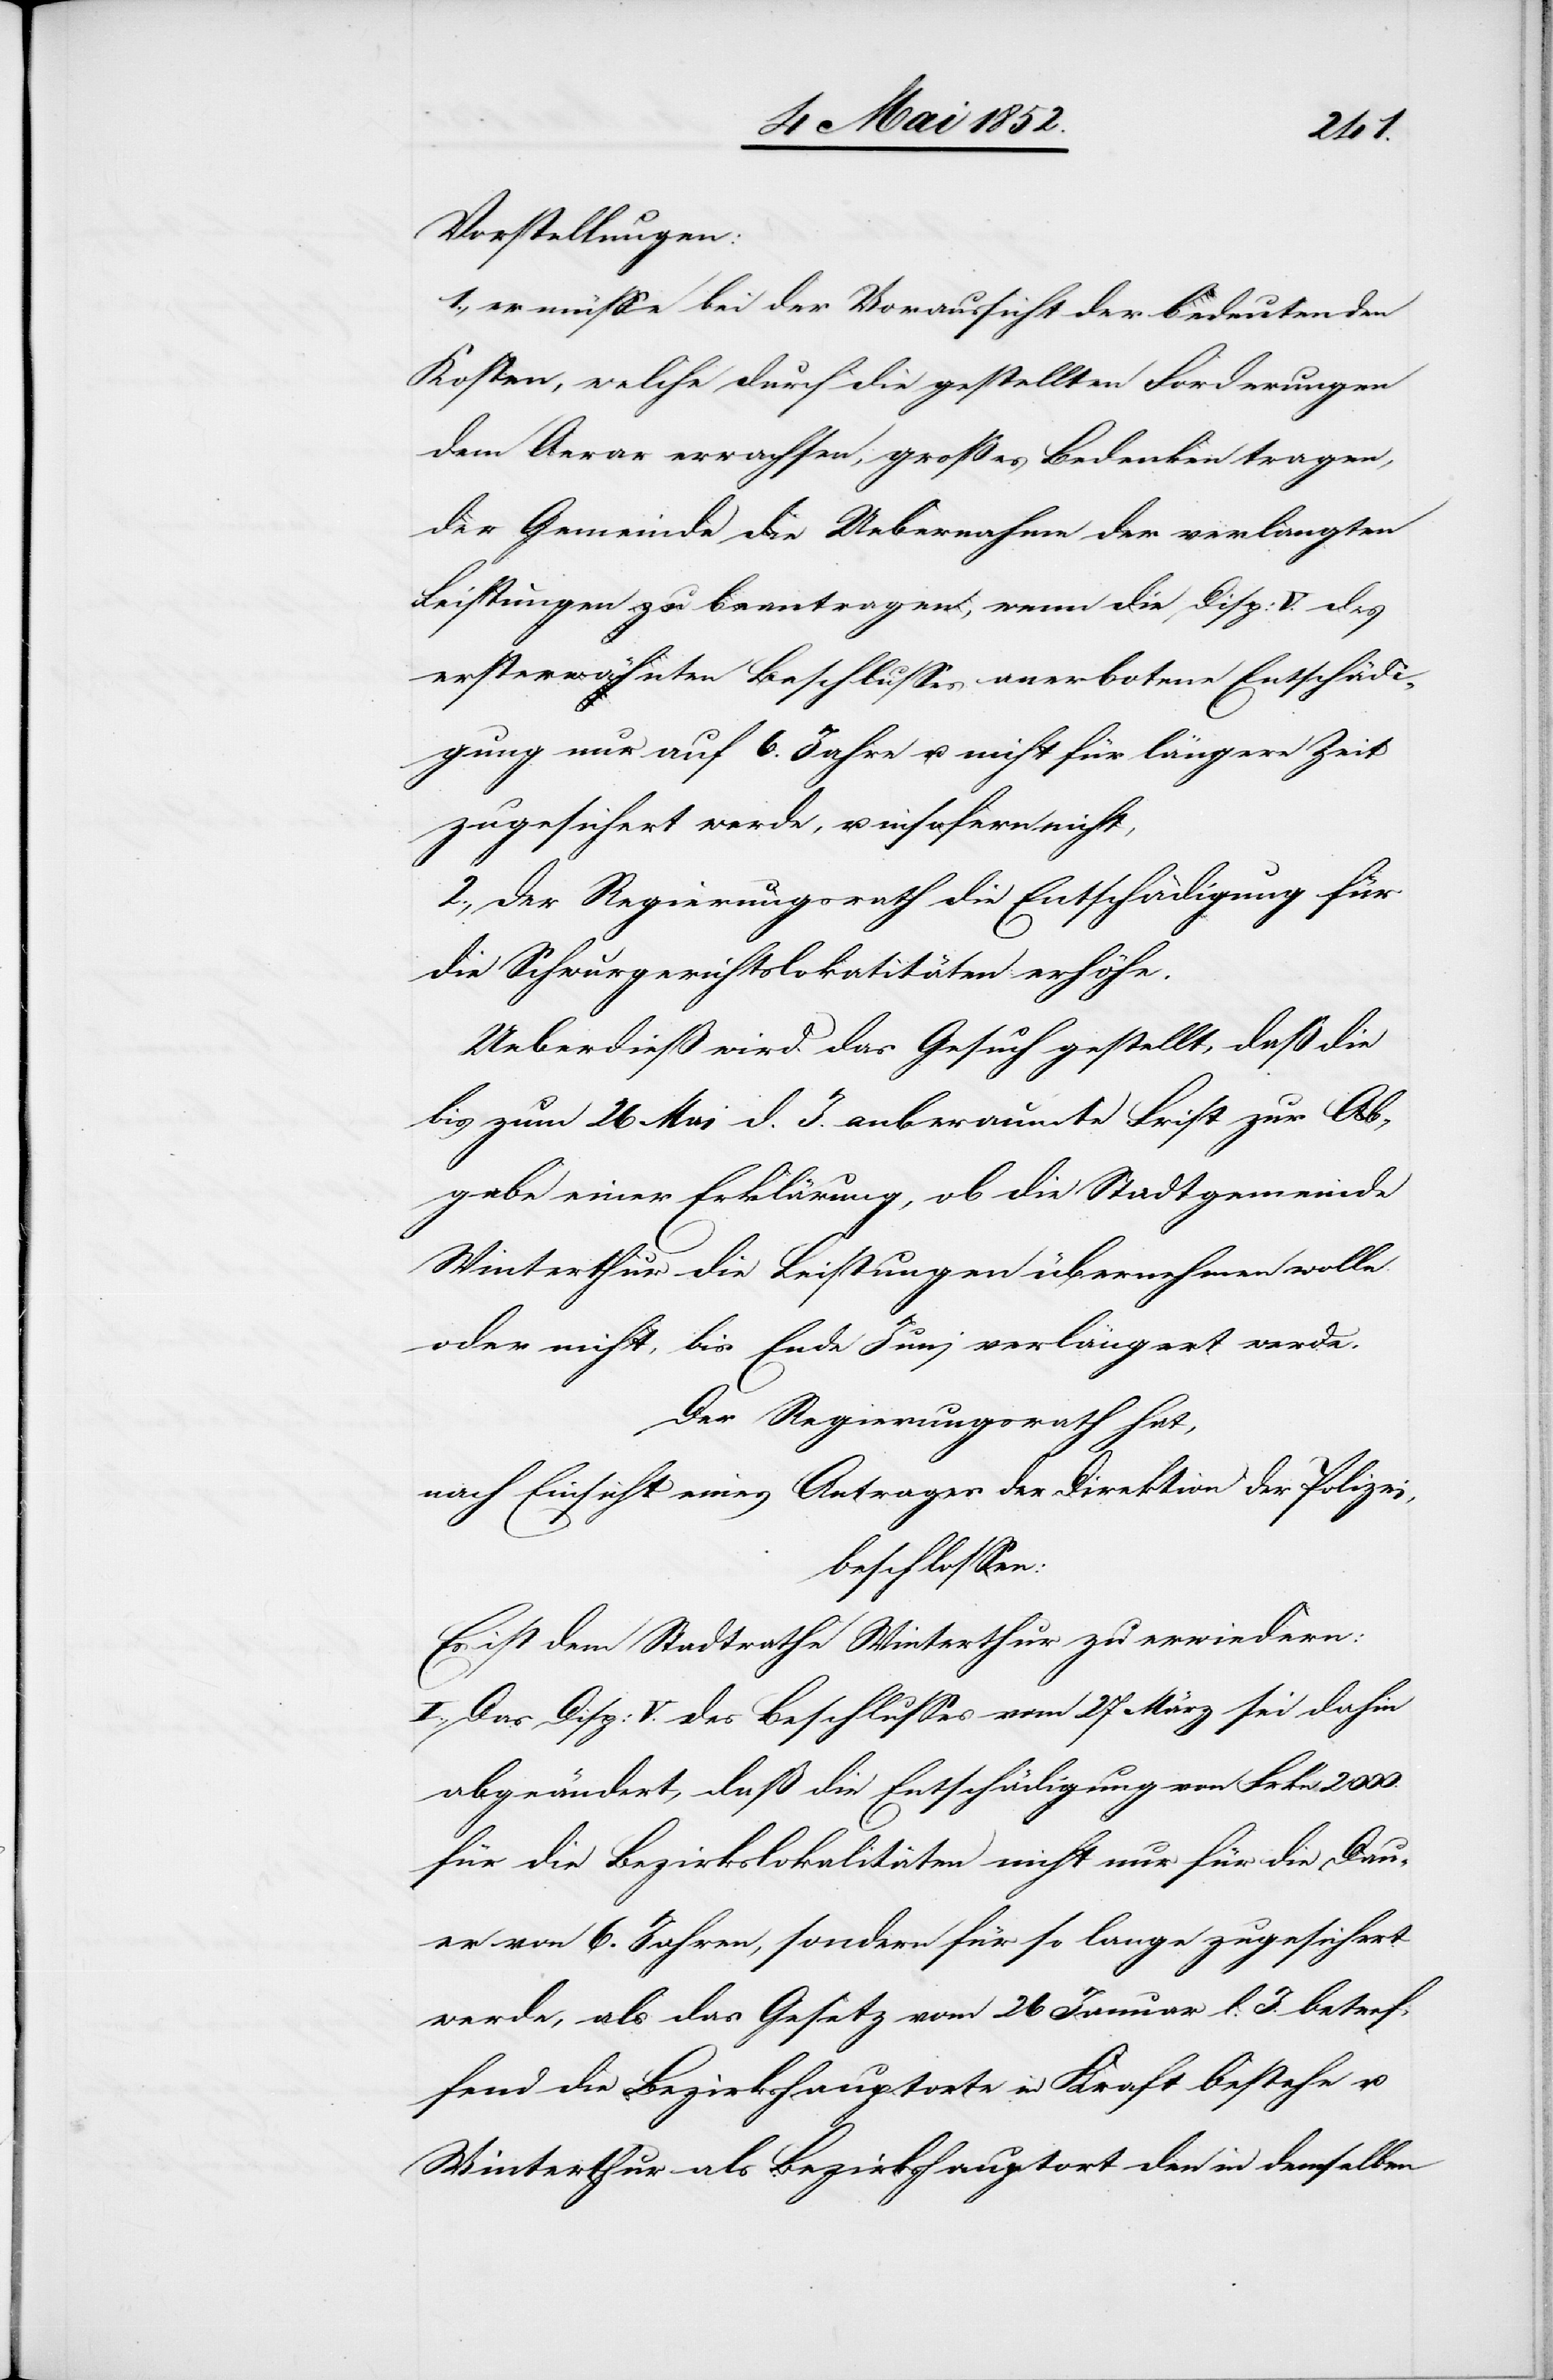
Vorstellungen:
1., er müsse bei der Voraussicht der bedeutenden
Kosten, welche durch die gestellten Forderungen
dem Aerar erwachsen, großes Bedenken tragen,
der Gemeinde die Uebernahme der verlangten
Leistungen zu beantragen, wenn die Disp: V. des
ersterwähnten Beschlusses anerbotene Entschädi¬
gung nur auf 6. Jahre u. nicht für längere Zeit
zugesichert werde, u. insofern nicht,
2., der Regierungsrath die Entschädigung für
die Schwurgerichtslokatitäten [sic!]
Ueberdieß wird das Gesuch gestellt, daß die
bis zum 26 Mai d. J. anberaumte Frist zur Ab¬
gabe einer Erklärung, ob die Stadtgemeinde
Winterthur die Leistungen übernehmen wolle
oder nicht, bis Ende Juni verlängert werde.
Der Regierungsrath hat,
nach Einsicht eines Antrages der Direktion der Polizei,
beschlossen:
Es ist dem Stadtrathe Winterthur zu erwiedern:
I. Das Disp: V. des Beschlusses vom 27 März sei dahin
abgeändert, daß die Entschädigung von Frkn 2000.
für die Bezirkslokalitäten nicht nur für die Dau¬
er von 6. Jahren, sondern für so lange zugesichert
werde, als das Gesetz vom 26 Januar l. J. betref¬
fend die Bezirkshauptorte in Kraft bestehe u.
Winterthur als Bezirkshauptort den in demselben